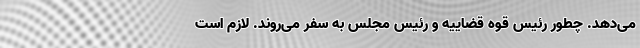
می‌دهد. چطور رئیس قوه قضاییه و رئیس مجلس به سفر می‌روند. لازم است